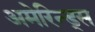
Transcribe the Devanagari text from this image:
अमेरिन्ड्स